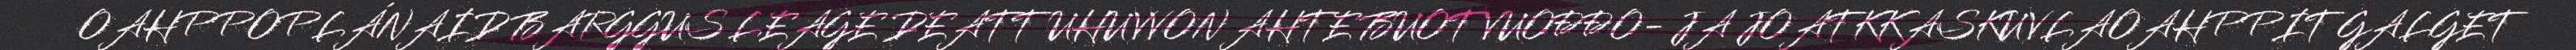
OAHPPOPLÁNAID BARGGUS LEAGE DEATTUHUVVON AHTE BUOT VUOĐĐO- JA JOATKKASKUVLAOAHPPIT GALGET